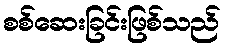
စစ်ဆေးခြင်းဖြစ်သည်